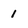
Character: 1